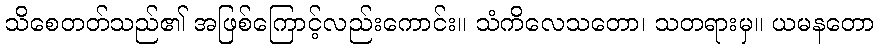
သိစေတတ်သည်၏ အဖြစ်ကြောင့်လည်းကောင်း။ သံကိလေသတော၊ သတရားမှ။ ယမနတော